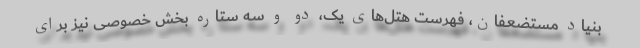
بنیاد مستضعفان، فهرست هتل‌های یک، دو و سه ستاره بخش خصوصی نیز برای